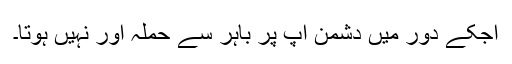
آجکے دور میں دشمن آپ پر باہر سے حملہ ٓاور نہیں ہوتا۔